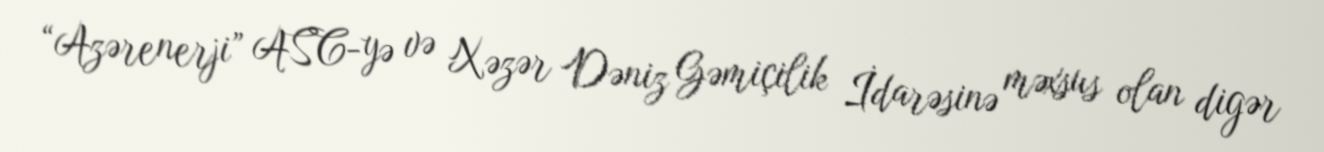
“Azərenerji” ASC-yə və Xəzər Dəniz Gəmiçilik İdarəsinə məxsus olan digər